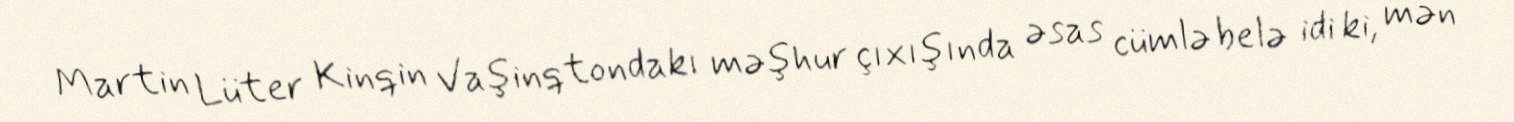
Martin Lüter Kinqin Vaşinqtondakı məşhur çıxışında əsas cümlə belə idi ki, mən